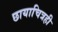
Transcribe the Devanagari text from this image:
छायाचित्रही